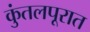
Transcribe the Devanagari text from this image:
कुंतलपूरात